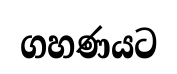
ගහණයට